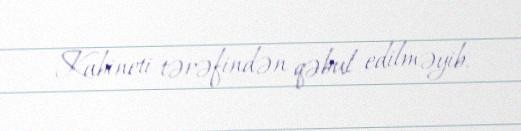
Kabineti tərəfindən qəbul edilməyib.